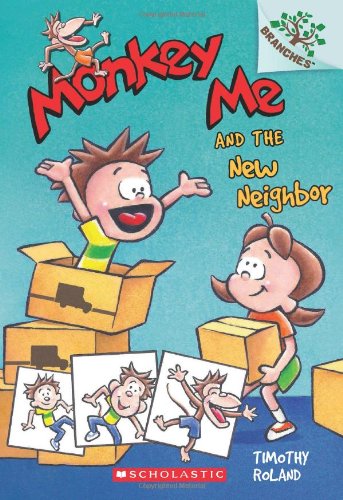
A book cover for Monkey Me #3: Monkey Me and the New Neighbor (A Branches Book); Timothy Roland; Children's Books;